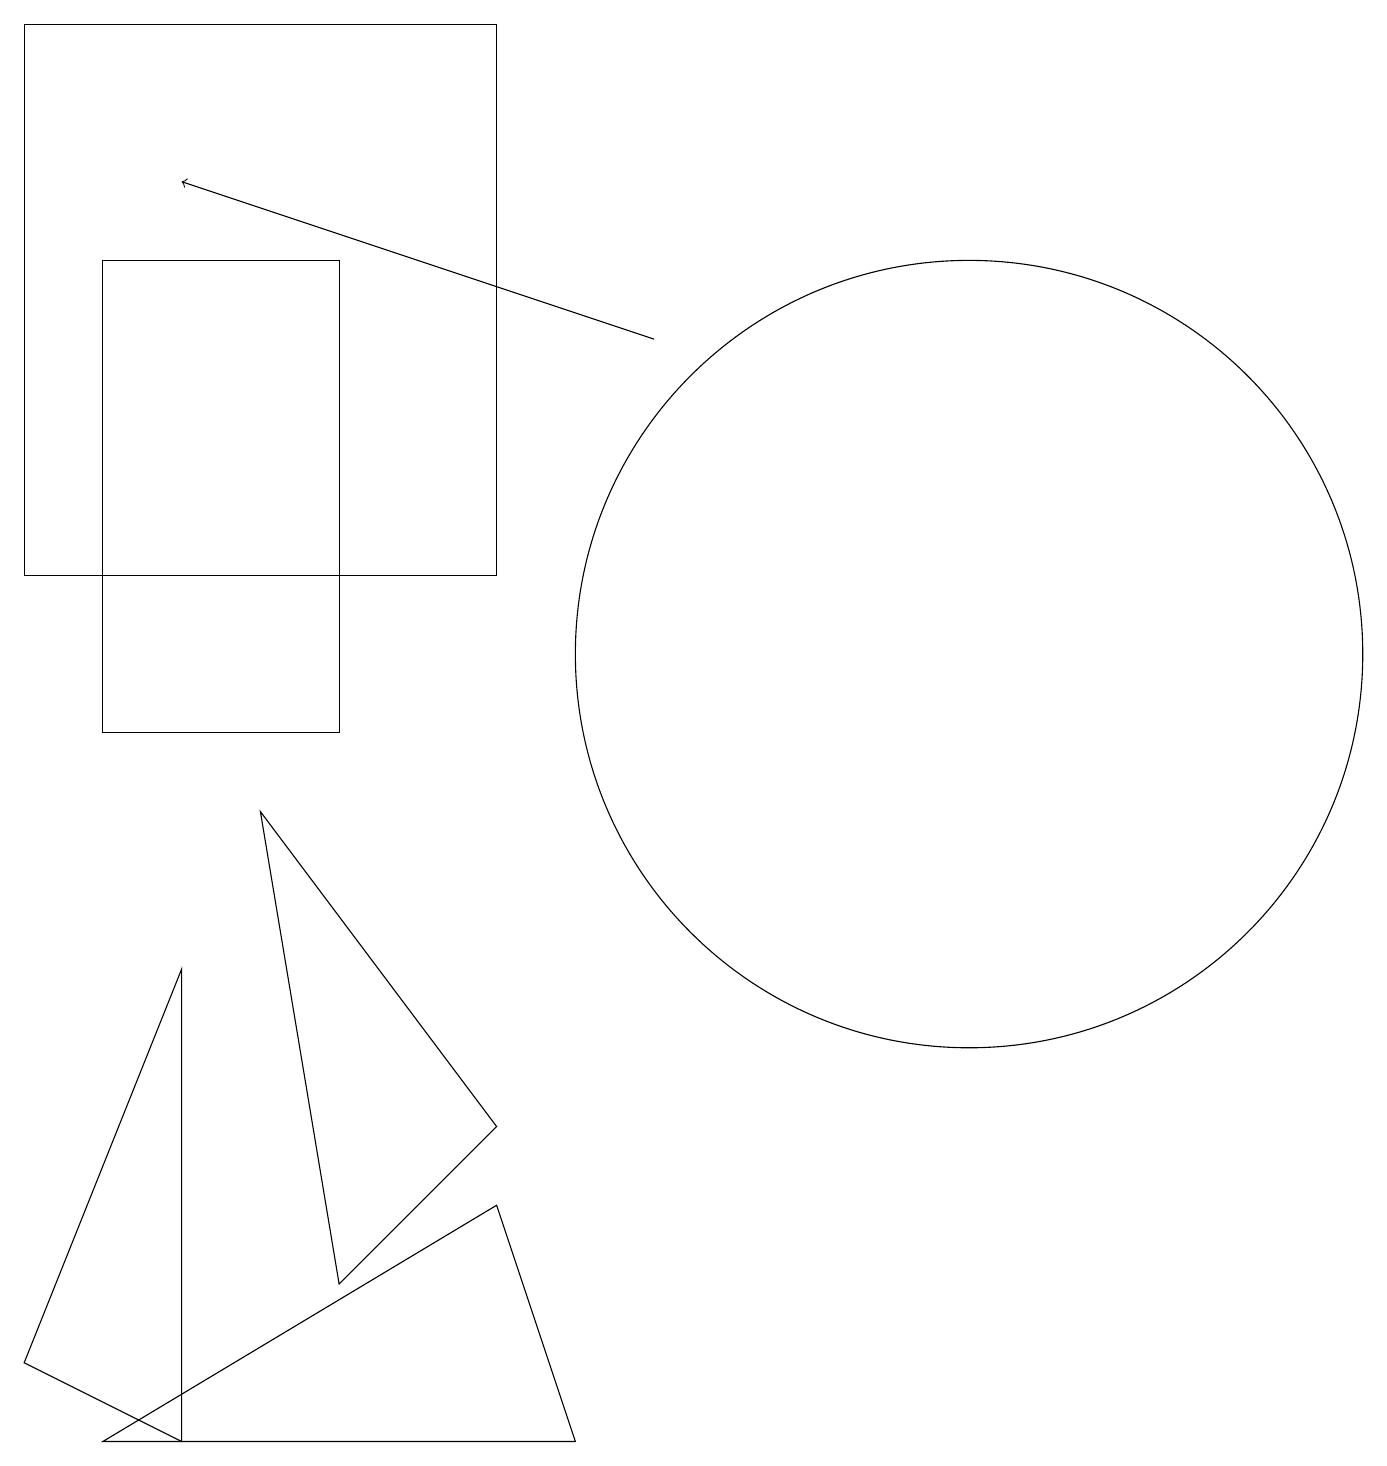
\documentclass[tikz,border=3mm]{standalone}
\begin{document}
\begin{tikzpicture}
\draw (2,1) -- (0,2) -- (2,7) -- cycle;
\draw (4,16) rectangle (1,10);
\draw (3,9) -- (6,5) -- (4,3) -- cycle;
\draw[->] (8,15) -- (2,17);
\draw (1,1) -- (6,4) -- (7,1) -- cycle;
\draw (12,11) circle (5);
\draw (11,10) circle (0);
\draw (6,12) rectangle (0,19);
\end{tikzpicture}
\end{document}